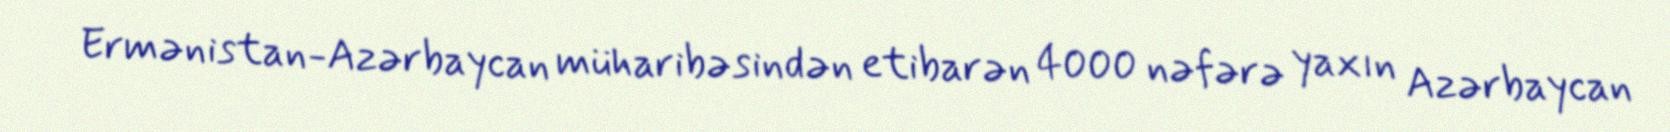
Ermənistan-Azərbaycan müharibəsindən etibarən 4000 nəfərə yaxın Azərbaycan